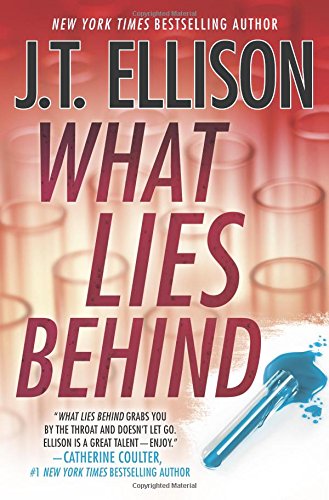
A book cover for What Lies Behind (A Samantha Owens Novel); J.T. Ellison; Mystery, Thriller & Suspense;